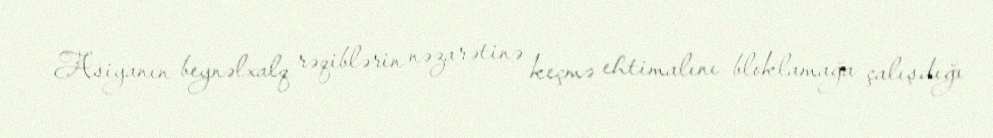
Asiyanın beynəlxalq rəqiblərin nəzarətinə keçmə ehtimalını bloklamağa çalışdığı